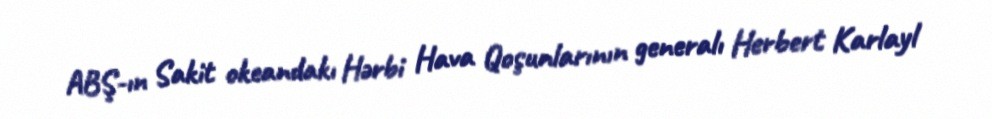
ABŞ-ın Sakit okeandakı Hərbi Hava Qoşunlarının generalı Herbert Karlayl